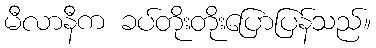
မီလာနီက ခပ်တိုးတိုးပြောပြန်သည်။